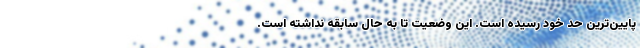
پایین‌ترین حد خود رسیده است. این وضعیت تا به حال سابقه نداشته است.